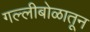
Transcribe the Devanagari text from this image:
गल्लीबोळातून